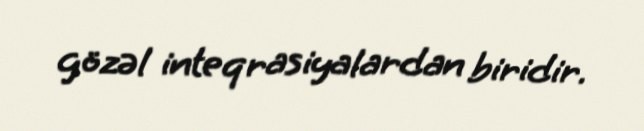
gözəl inteqrasiyalardan biridir.